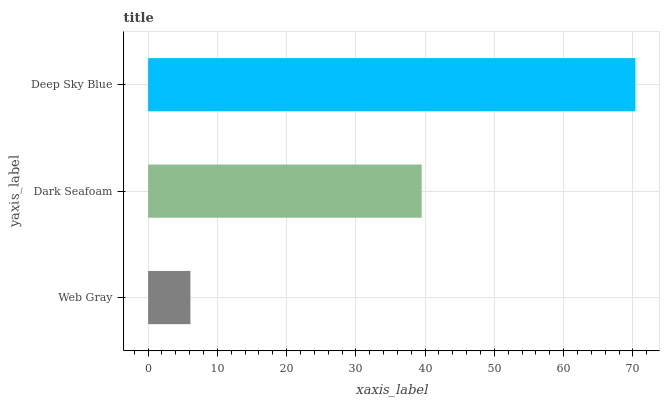
| yaxis_label | bars |
 | --- | --- |
 | Web Gray | 6.11 |
 | Dark Seafoam | 39.5 |
 | Deep Sky Blue | 70.3 |